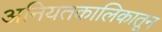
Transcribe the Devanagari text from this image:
अनियतकालिकातून